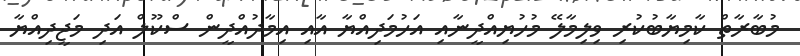
މުބާރާތް ކާމިޔާބުކުރި ވިލިމާލޭ މުހުޔިއްދީނާއި އަހުމަދިއްޔާ އާއި އިމާދުއްދީން ސްކޫލް އަދި މަޖީދިއްޔާ